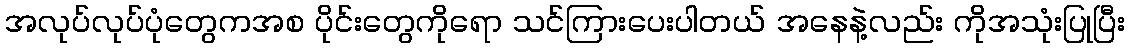
အလုပ်လုပ်ပုံတွေကအစ ပိုင်းတွေကိုရော သင်ကြားပေးပါတယ် အနေနဲ့လည်း ကိုအသုံးပြုပြီး